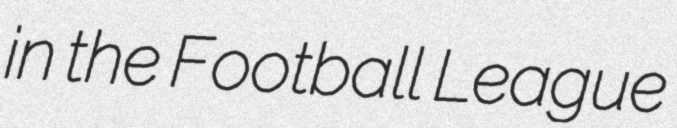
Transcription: in the Football League